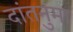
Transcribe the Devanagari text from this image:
दांतनुमा